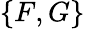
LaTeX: \{ F,G\}